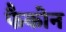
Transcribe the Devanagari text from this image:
फैकोन